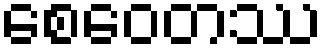
စေဝေတဿ